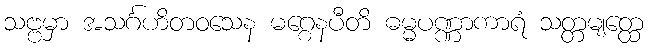
သဗ္ဗမှာ အသင်္ဂဟိတဝသေန မဂ္ဂေနပီတိ ဓမ္မပဏ္ဏာကာရံ သတ္တမျတ္ထေ